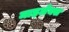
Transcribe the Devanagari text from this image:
माइलेक्स